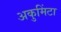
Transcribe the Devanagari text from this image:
अकुमिंटा